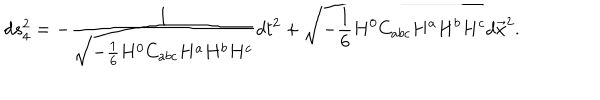
d s _ { 4 } ^ { 2 } = - { \frac { 1 } { \sqrt { - { \frac { 1 } { 6 } } H ^ { 0 } C _ { a b c } H ^ { a } H ^ { b } H ^ { c } } } } d t ^ { 2 } + \sqrt { - { \frac { 1 } { 6 } } H ^ { 0 } C _ { a b c } H ^ { a } H ^ { b } H ^ { c } } d \vec { x } ^ { 2 } .